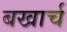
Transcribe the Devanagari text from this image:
बखार्च